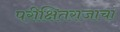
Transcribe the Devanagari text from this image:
परीक्षितराजाचा